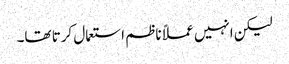
لیکن انہیں عملاً ناظم استعمال کرتا تھا۔